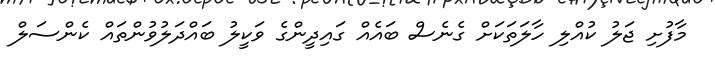
މާފުށި ޖަލު ކުއްލި ހާލަތަކަށް ގެނެސް ބައެއް ގައިދީންގެ ވަކީލު ބައްދަލުވުންތައް ކެންސަލް